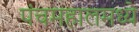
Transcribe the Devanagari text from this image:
पंचमहालमध्ये